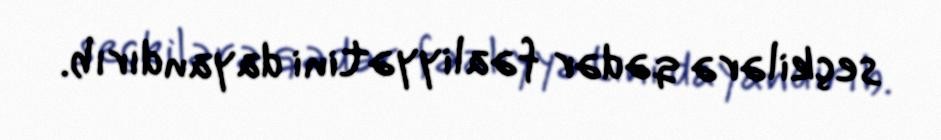
seçkilərə qədər fəaliyyətini dayandırıb.